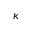
\kappa